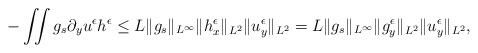
LaTeX: \begin{align*}\begin{aligned}-\iint g_s \partial_y u^\epsilon h^\epsilon &\leq L \Vert g_{s} \Vert_{L^\infty}\Vert h^\epsilon_x\Vert_{L^2}\Vert u^\epsilon_y \Vert_{L^2}= L \Vert g_{s} \Vert_{L^\infty}\Vert g^\epsilon_y\Vert_{L^2}\Vert u^\epsilon_y \Vert_{L^2},\end{aligned}\end{align*}